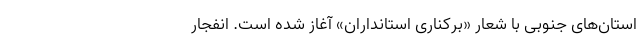
استان‌های جنوبی با شعار «برکناری استانداران» آغاز شده است. انفجار